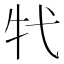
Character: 𤘚